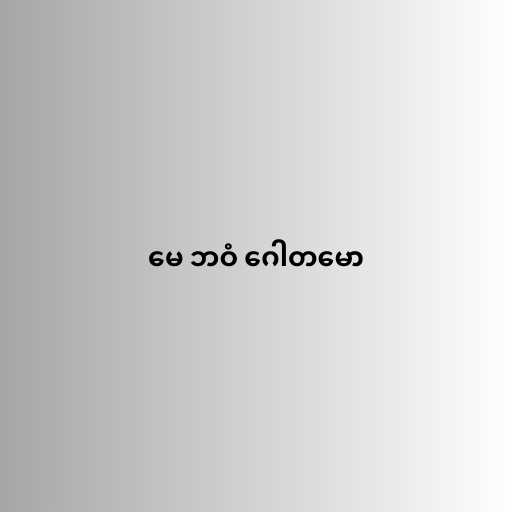
မေ ဘဝံ ဂေါတမော